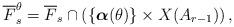
LaTeX: \begin{align*}\overline F_s ^{\theta} =\overline F_s \cap \left(\{\boldsymbol \alpha (\theta)\}\times X(A_{r-1})\right),\end{align*}